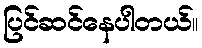
ပြင်ဆင်နေပါတယ်။